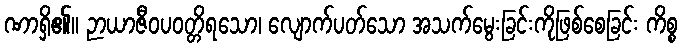
ဏာရှိ၏။ ဉာယာဇီဝပဝတ္တိရသော၊ လျောက်ပတ်သော အသက်မွေးခြင်းကိုဖြစ်စေခြင်း ကိစ္စ